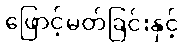
ဖြောင့်မတ်ခြင်းနှင့်